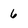
Character: 6